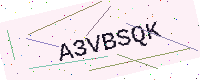
Text: A3VBSQK